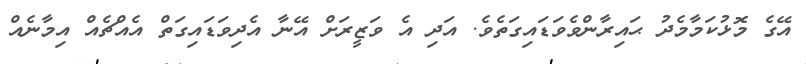
އޭގެ މޮޅުކަމާމެދު ޙައިރާންވެވަޑައިގަތެވެ. އަދި އެ ވަޒީރަށް އޭނާ އެދިވަޑައިގަތް އެއްޗެއް އިމާނެއް